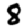
Digit: 8